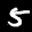
Label: 5